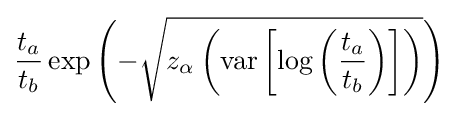
{\frac {t_{a}}{t_{b}}}\exp {\left(-{\sqrt {z_{\alpha }\left(\operatorname {var} \left[\log \left({\frac {t_{a}}{t_{b}}}\right)\right]\right)}}\right)}